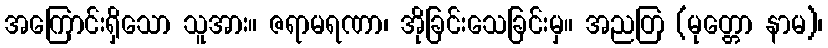
အကြောင်းရှိသော သူအား။ ဇရာမရဏာ၊ အိုခြင်းသေခြင်းမှ။ အညတြ (မုတ္တော နာမ)၊